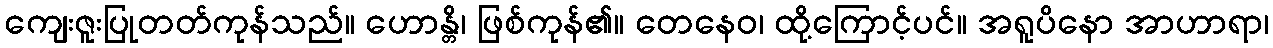
ကျေးဇူးပြုတတ်ကုန်သည်။ ဟောန္တိ၊ ဖြစ်ကုန်၏။ တေနေဝ၊ ထို့ကြောင့်ပင်။ အရူပိနော အာဟာရာ၊